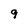
Character: 9